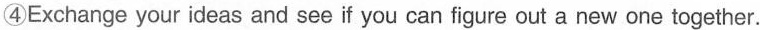
④Exchange your ideas and see if you can figure out a new one together.